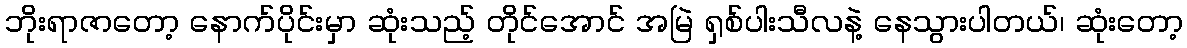
ဘိုးရာဇာတော့ နောက်ပိုင်းမှာ ဆုံးသည့် တိုင်အောင် အမြဲ ရှစ်ပါးသီလနဲ့ နေသွားပါတယ်၊ ဆုံးတော့